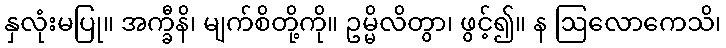
နှလုံးမပြု။ အက္ခီနိ၊ မျက်စိတို့ကို။ ဥမ္မိလိတွာ၊ ဖွင့်၍။ န ဩလောကေသိ၊